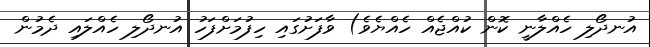
އުނދޯލި ހެއްލާނީ ކޮން ކުއްޖެއް ހެއްޔެވެ) ވާފަށުގައި ހިފުމަށްފަހު އުނދޯލި ހެއްލައި ދެމުން